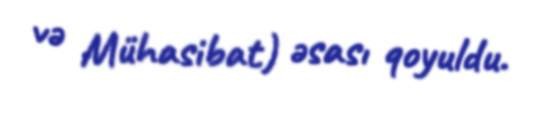
və Mühasibat) əsası qoyuldu.